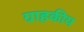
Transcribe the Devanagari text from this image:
ग्राहकीय